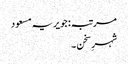
مرتبہ: جویریہ مسعود
شہرِ سخن ۔